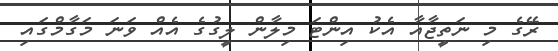
ރޭގެ މި ނަތީޖާއާ އެކު އިންޓަ މިލާން ލީގުގެ އެއް ވަނަ މަގާމްގައި